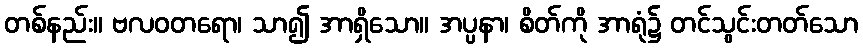
တစ်နည်း။ ဗလဝတရော၊ သာ၍ အာရှိသော။ အပ္ပနာ၊ စိတ်ကို အာရုံ၌ တင်သွင်းတတ်သော